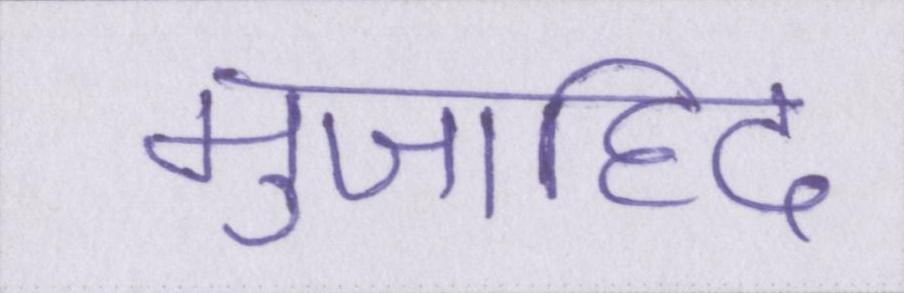
मुजाहिद